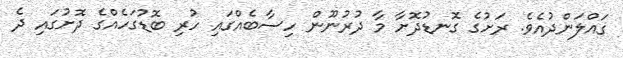
ގައްލަންދުއެވެ. ރަށުގެ ގޮނޑުދޮށާ މާ ދުރުނޫން ހިސާބެއްގައި ހުރި ބޮޑުގަހެއްގެ ދޮށުގައި ދެ